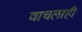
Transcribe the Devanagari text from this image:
वाचलाही